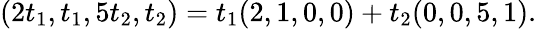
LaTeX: (2t_{1},t_{1},5t_{2},t_{2})=t_{1}(2,1,0,0)+t_{2}(0,0,5,1).